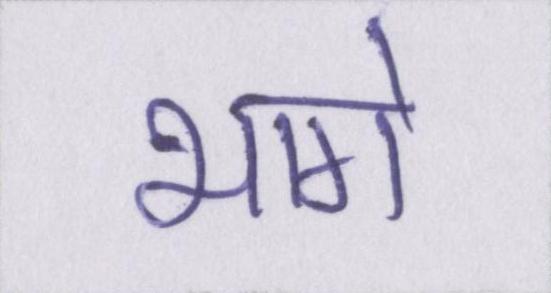
भागे